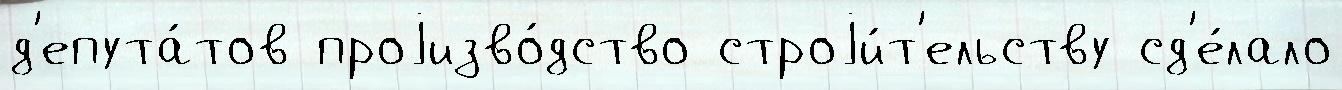
д'епута́тов проjизво́дство строjи́т'ельству сд'е́лало